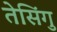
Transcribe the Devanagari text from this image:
तेसिंगु